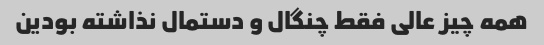
همه چیز عالی فقط چنگال و دستمال نذاشته بودین